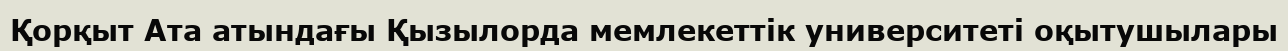
Қорқыт Ата атындағы Қызылорда мемлекеттік университеті оқытушылары